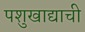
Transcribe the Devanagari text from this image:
पशुखाद्याची